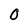
Character: 0